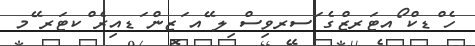
ހެ ްޑކް ޯއޓަރޒްގެ ަސރވިސް ިލ ޭއ ަޒން ަޑއިރެ ްކޓަރ ޭމ